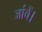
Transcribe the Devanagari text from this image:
जांचें।